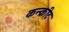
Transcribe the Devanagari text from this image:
कन्क्रीट